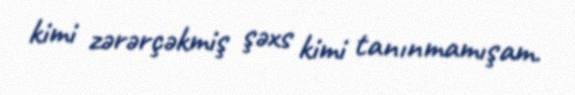
kimi zərərçəkmiş şəxs kimi tanınmamışam.